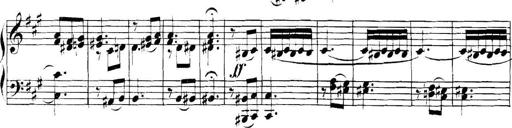
Title: Collected Piano Sonatas
Composer: Muzio Clementi